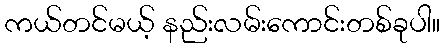
ကယ်တင်မယ့် နည်းလမ်းကောင်းတစ်ခုပါ။